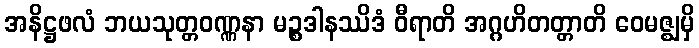
အနိဋ္ဌဖလံ ဘယသုတ္တဝဏ္ဏနာ မဉ္စဒါနဿိဒံ ဝီရာတိ အဂ္ဂဟိတတ္တာတိ ဝေမဇ္ဈမှိ